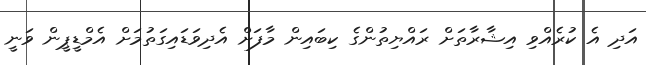
އަދި އެ ކުރެއްވި އިޝާރާތަށް ރައްޔިތުންގެ ކިބައިން މާފަށް އެދިވަޑައިގަތުމަށް އެމްޑީޕީން ވަނީ